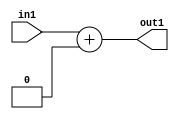
`timescale 1ps / 1ps
/*****************************************************************************
    Verilog RTL Description
    
    
    Created by: Stratus DpOpt 2019.1.01 
*******************************************************************************/

module SobelFilter_Add_3U_10_4 (
	in1,
	out1
	); /* architecture "behavioural" */ 
input [2:0] in1;
output [2:0] out1;
wire [2:0] asc001;

assign asc001 = 
	+(in1)
	+(3'B000);

assign out1 = asc001;
endmodule

/* CADENCE  urj1Qg0= : u9/ySgnWtBlWxVPRXgAZ4Og= ** DO NOT EDIT THIS LINE ******/